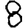
Digit: 8